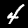
Label: 4